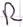
Text: R